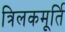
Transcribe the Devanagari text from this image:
त्रिलकमूर्ति